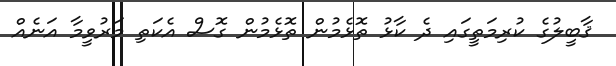
ޤާބީލުގެ ކުރިމަތީގައި ދެ ކާޅު ތޮޅެމުން ތޮޅެމުން ގޮސް އެކަތި މަރުވީމާ އަނެއް